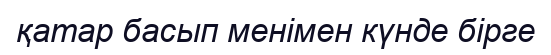
қатар басып менімен күнде бірге